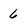
Character: 6